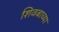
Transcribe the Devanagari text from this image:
शिवबाच्या